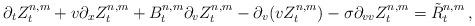
LaTeX: \begin{align*}\partial_t Z^{n,m}_t + v\partial_x Z^{n,m}_t + B^{n,m}_t \partial_v Z^{n,m}_t -\partial_v (vZ^{n,m}_t) - \sigma \partial_{vv} Z^{n,m}_t = \tilde R^{n,m}_t\,,\end{align*}